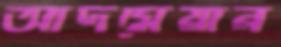
আদমেয়ার